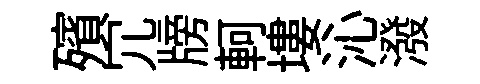
殯冗牓軻塿沁潑